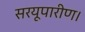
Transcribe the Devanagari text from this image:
सरयूपारीण।